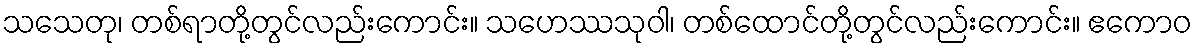
သသေတု၊ တစ်ရာတို့တွင်လည်းကောင်း။ သဟေဿသုဝါ၊ တစ်ထောင်တို့တွင်လည်းကောင်း။ ဧကောဝ